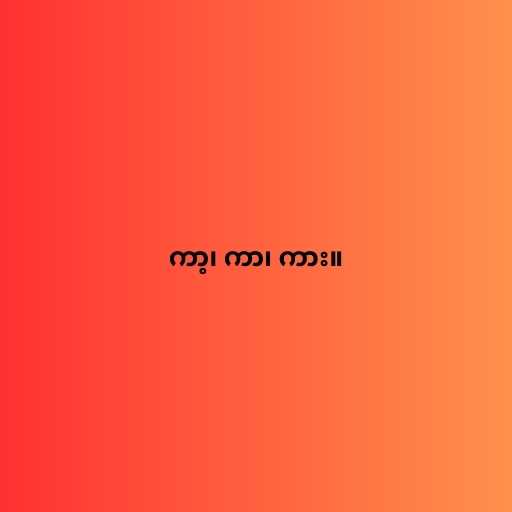
ကာ့၊ ကာ၊ ကား။